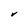
Character: V